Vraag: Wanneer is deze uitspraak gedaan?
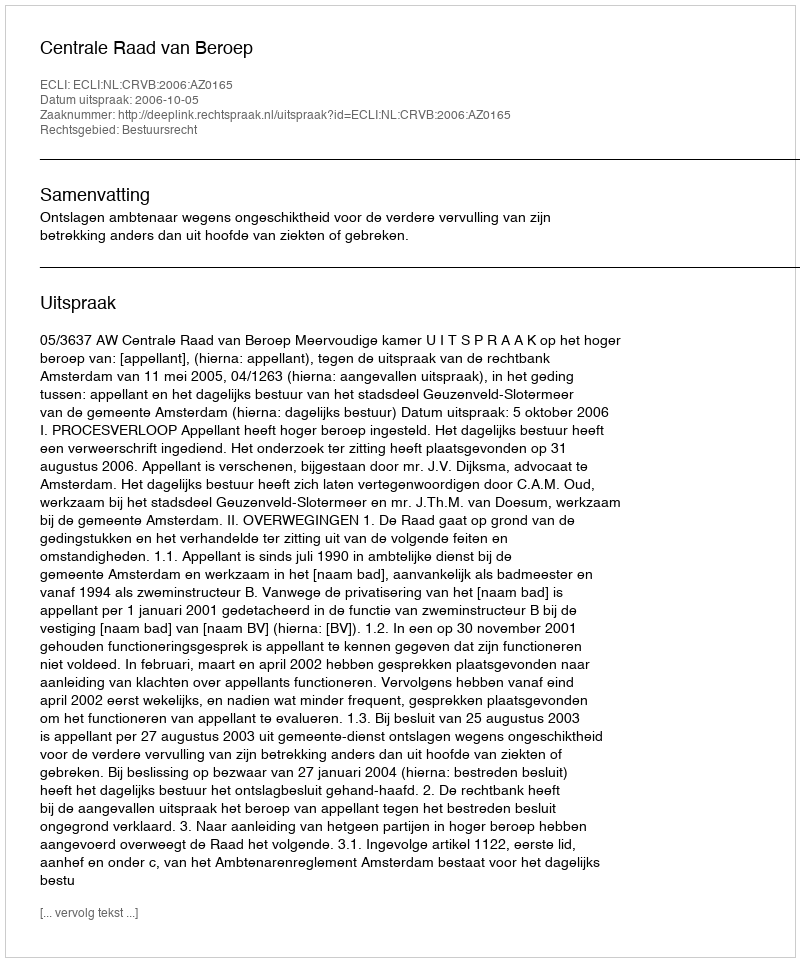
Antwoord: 2006-10-05